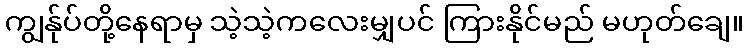
ကျွန်ုပ်တို့နေရာမှ သဲ့သဲ့ကလေးမျှပင် ကြားနိုင်မည် မဟုတ်ချေ။